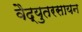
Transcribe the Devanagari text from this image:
वैद्युतरसायन